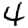
Digit: 4